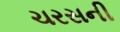
ચરસની